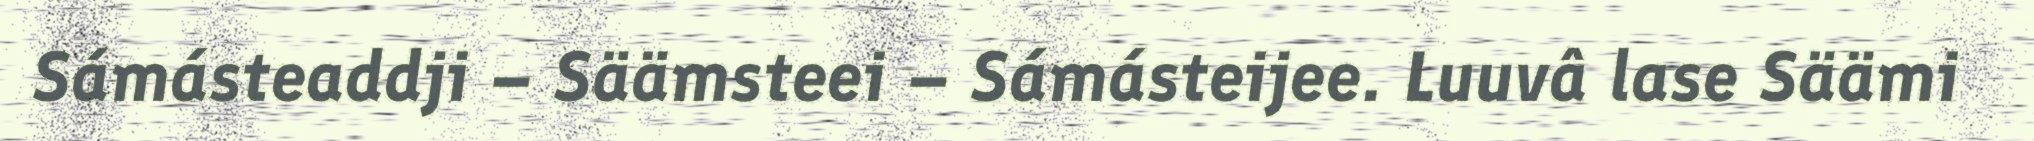
Sámásteaddji – Säämsteei – Sámásteijee. Luuvâ lase Säämi